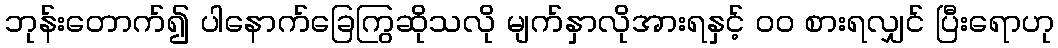
ဘုန်းတောက်၍ ပါနောက်ခြေကြွဆိုသလို မျက်နှာလိုအားရနှင့် ၀၀ စားရလျှင် ပြီးရောဟု